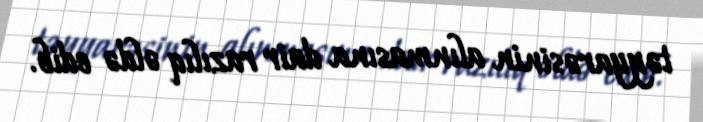
təyyarəsinin alınmasına dair razılıq əldə edib.